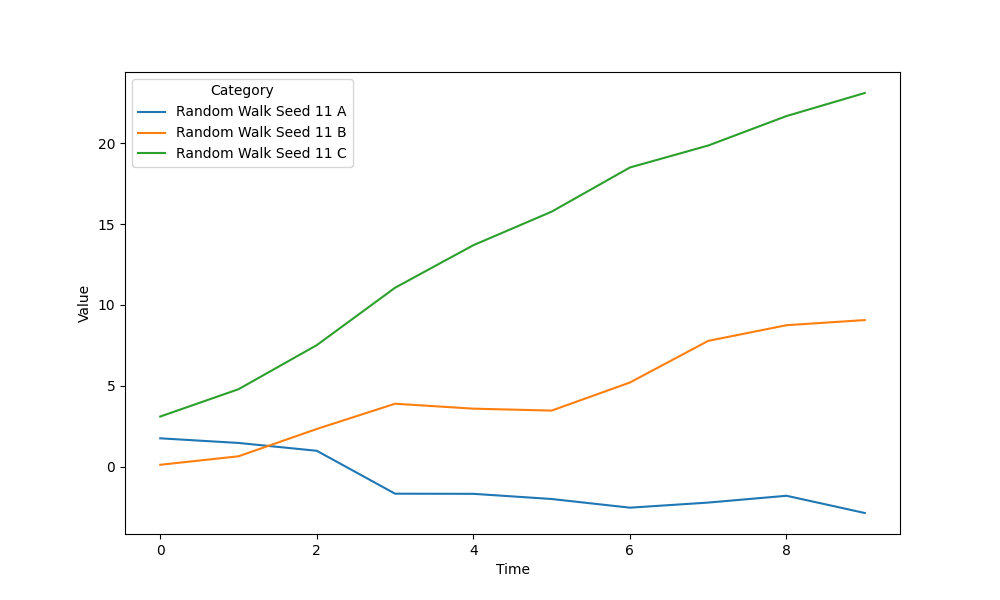
python, seaborn, lineplot, style='solid', marker='None'